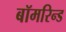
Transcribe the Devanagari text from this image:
बॉमरिन्ड